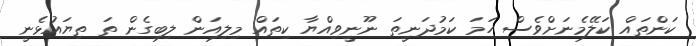
ކަންތައް ކަލޭމެނަށްވެސް ހަމަ ކަމުދަނީތަ ނޫނީވިއްޔާ ކިތައް މިލިއަން ލިބިގެން ތަ ތިޔައުޅެނީ